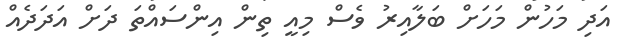
އަދި މަހުން މަހަށް ބަލާއިރު ވެސް މިއީ ތިން އިންސައްތަ ދަށް އަދަދެއް